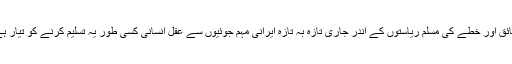
معزز احباب ایمان داری سے بتائیے گا کہ کیا اول تا آخر ان تمام ناقابل تردید تاریخی حقائق اور خطے کی مسلم ریاستوں کے اندر جاری تازہ بہ تازہ ایرانی مہم جوئیوں سے عقل انسانی کسی طور یہ تسلیم کرنے کو تیار ہے کہ ایران واقعی امریکہ اور یہودیوں کا مخالف یا عالم اسلام اور پاکستان کا دوست ہے؟